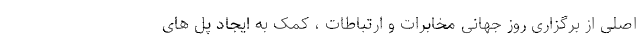
اصلی از برگزاری روز جهانی مخابرات و ارتباطات ، کمک به ایجاد پل های